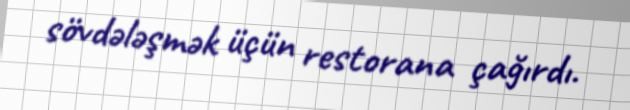
sövdələşmək üçün restorana çağırdı.